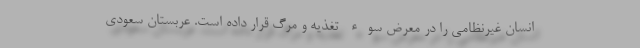
انسان غیرنظامی را در معرض سوء تغذیه و مرگ قرار داده است. عربستان سعودی